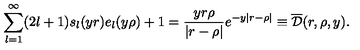
\sum _ { l = 1 } ^ { \infty } ( 2 l + 1 ) s _ { l } ( y r ) e _ { l } ( y \rho ) + 1 = \frac { y r \rho } { | r - \rho | } e ^ { - y | r - \rho | } \equiv \overline { { \cal D } } ( r , \rho , y ) { . }